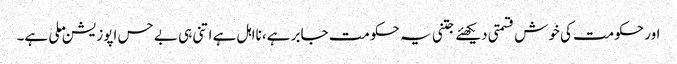
اور حکومت کی خوش قسمتی دیکھئے جتنی یہ حکومت جابر ہے، نااہل ہے اتنی ہی بے حس اپوزیشن ملی ہے۔